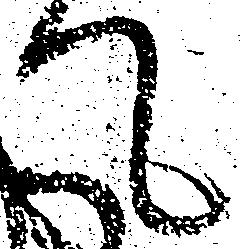
て